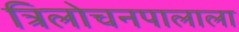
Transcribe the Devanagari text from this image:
त्रिलोचनपालाला